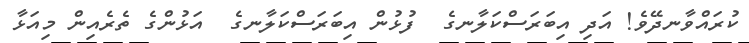
ކުރައްވާނދޭވެ! އަދި އިބަރަސްކަލާނގެ  ފުޅުން އިބަރަސްކަލާނގެ  އަޅުންގެ ތެރެއިން މިއަޅާ